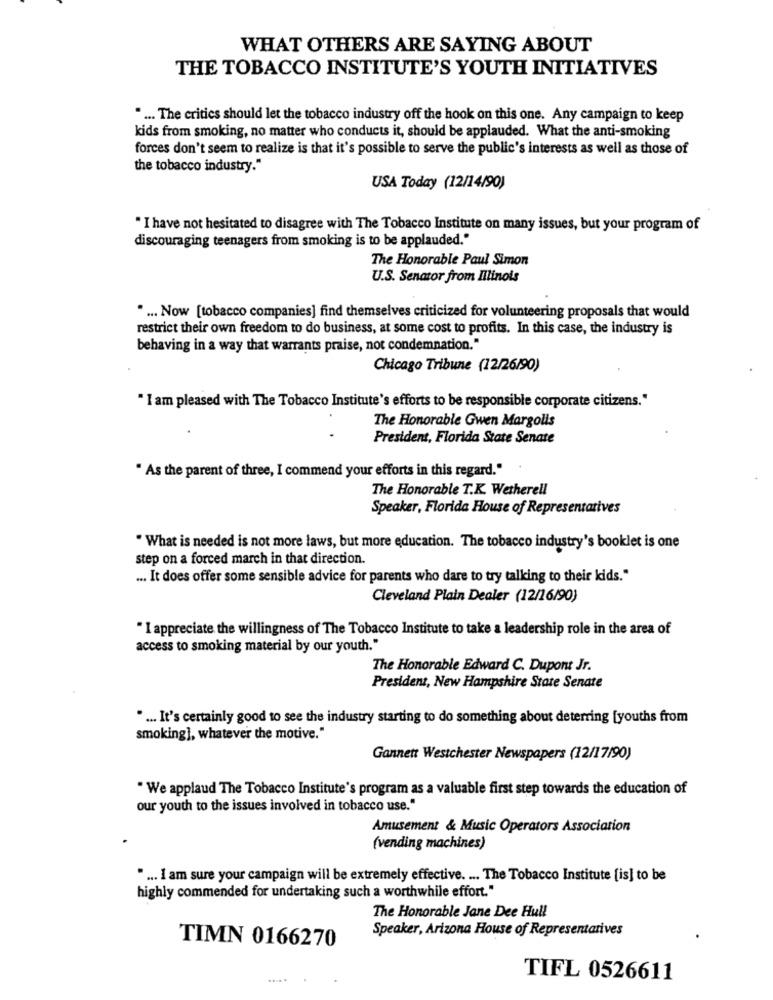
WHAT OTHERS ARE SAYING ABOUT
THE TOBACCO INSTITUTE'S YOUTH INITIATIVES
.... The critics should let the tobacco industry off the hook on this one. Any campaign to keep
kids from smoking, no matter who conducts it, should be applauded. What the anti-smoking
forces don't seem to realize is that it's possible to serve the public's interests as well as those of
the tobacco industry."
USA Today (12/14/90)
" I have not hesitated to disagree with The Tobacco Institute on many issues, but your program of
discouraging teenagers from smoking is to be applauded."
The Honorable Paul Simon
U.S. Senator from Illinois
. ... Now [tobacco companies] find themselves criticized for volunteering proposals that would
restrict their own freedom to do business, at some cost to profits. In this case, the industry is
behaving in a way that warrants praise, not condemnation."
Chicago Tribune (12/26/90)
" I am pleased with The Tobacco Institute's efforts to be responsible corporate citizens."
The Honorable Gwen Margolis
President, Florida State Senate
" As the parent of three, I commend your efforts in this regard."
The Honorable T.K. Wetherell
Speaker, Florida House of Representatives
" What is needed is not more laws, but more education. The tobacco industry's booklet is one
step on a forced march in that direction.
... It does offer some sensible advice for parents who dare to try talking to their kids."
Cleveland Plain Dealer (12/16/90)
" I appreciate the willingness of The Tobacco Institute to take a leadership role in the area of
access to smoking material by our youth."
The Honorable Edward C. Dupont Jr.
President, New Hampshire State Senate
.... It's certainly good to see the industry starting to do something about deterring [youths from
smoking], whatever the motive."
Gannett Westchester Newspapers (12/17/90)
. We applaud The Tobacco Institute's program as a valuable first step towards the education of
our youth to the issues involved in tobacco use."
Amusement & Music Operators Association
(vending machines)
. ... I am sure your campaign will be extremely effective. ... The Tobacco Institute [is] to be
highly commended for undertaking such a worthwhile effort."
The Honorable Jane Dee Hull
Speaker, Arizona House of Representatives
TIMN 0166270
TIFL 0526611